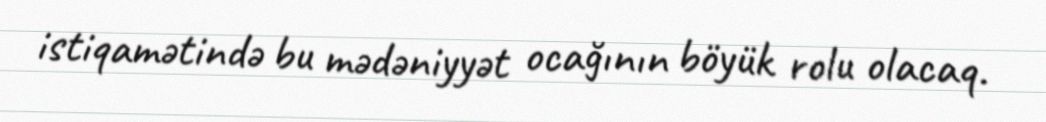
istiqamətində bu mədəniyyət ocağının böyük rolu olacaq.